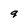
Character: q